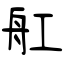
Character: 舡